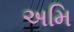
અમિ